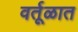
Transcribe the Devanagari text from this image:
वर्तूळात